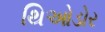
થિઓડોર